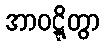
အာဝဋ္ဋိတွာ